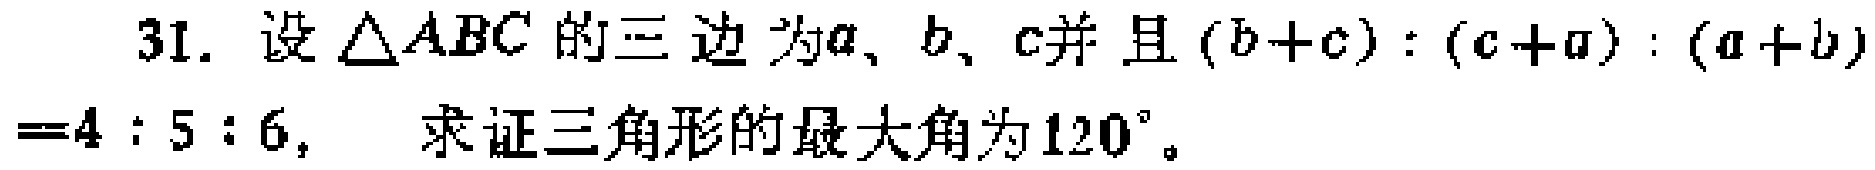
31. 设$\triangle ABC$的三边为$a$、$b$、$c$并且$(b + c):(c + a):(a + b)=4:5:6$， 求证三角形的最大角为$120^{\circ}$。